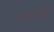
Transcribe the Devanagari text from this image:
पाहुण्याबरोबर